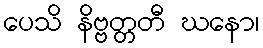
ပေသိ နိဗ္ဗတ္တတီ ဃနော၊